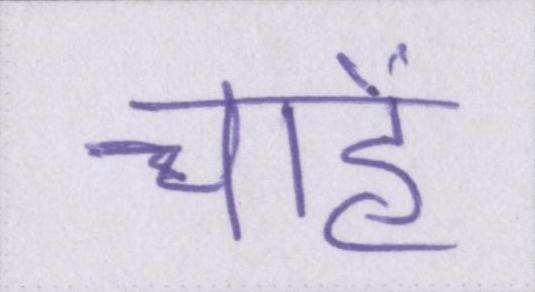
चाहें